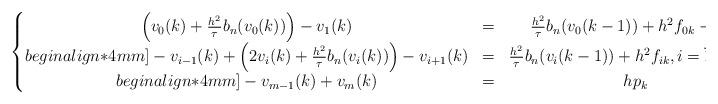
LaTeX: \begin{align*}\left\{\begin{matrix}\left(v_0(k)+\frac{h^2}{\tau}b_n(v_0(k))\right)-v_1(k)&=&\frac{h^2}{\tau}b_n(v_0(k-1))+h^2f_{0k}-hg_k^n\\begin{align*}4mm]-v_{i-1}(k)+\left(2v_i(k)+\frac{h^2}{\tau}b_n(v_i(k))\right)-v_{i+1}(k) &=& \frac{h^2}{\tau}b_n(v_i(k-1))+h^2f_{ik},i =\overline{1,m-1} \\begin{align*}4mm] -v_{m-1}(k)+v_m(k)&=&hp_k \end{matrix}\right..\end{align*}